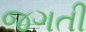
જગતી